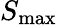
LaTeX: S_{\textrm{max}}